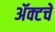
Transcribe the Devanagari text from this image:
ॲक्टचे